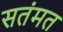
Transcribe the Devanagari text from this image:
सतंमत